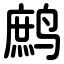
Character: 鹧